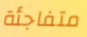
متفاجئة